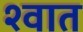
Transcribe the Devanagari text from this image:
श्वात